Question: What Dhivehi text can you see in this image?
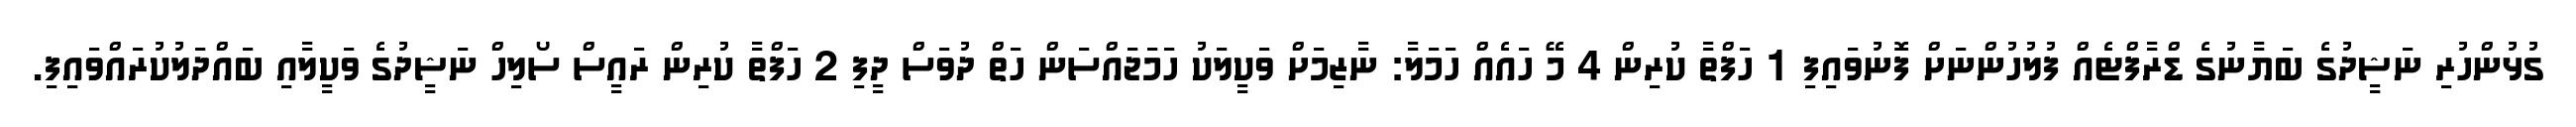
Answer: ގުޅުންހުރި ނަޝީދުގެ ބަޔާނުގެ ޑްރާފްޓެއް ފުލުހުންނަށް ފޮނުވައިފި 1 ހަފްތާ ކުރިން 4 މޭ ހައެއް ހަމަލާ: ނާޒިމަށް ވަކީލަކު ހަމަޖައްސަން ހަތް ދުވަސް ދީފި 2 ހަފްތާ ކުރިން ރައީސް ސޯލިހް ނަޝީދުގެ ވަކީލާއި ބައްދަލުކުރައްވައިފި.